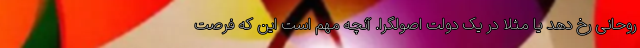
روحانی رخ دهد یا مثلاً در یک دولت اصولگرا. آنچه مهم است این که فرصت